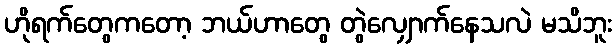
ဟိုရက်တွေကတော့ ဘယ်ဟာတွေ တွဲလျှောက်နေသလဲ မသိဘူး